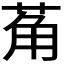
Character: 𬜲